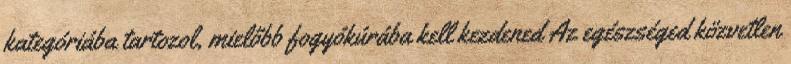
kategóriába tartozol, mielőbb fogyókúrába kell kezdened Az egészséged közvetlen